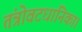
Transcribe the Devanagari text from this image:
तंत्रोवटधानिका।